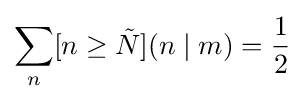
\sum _{n}[n\geq {\tilde {N}}](n\mid m)={\frac {1}{2}}